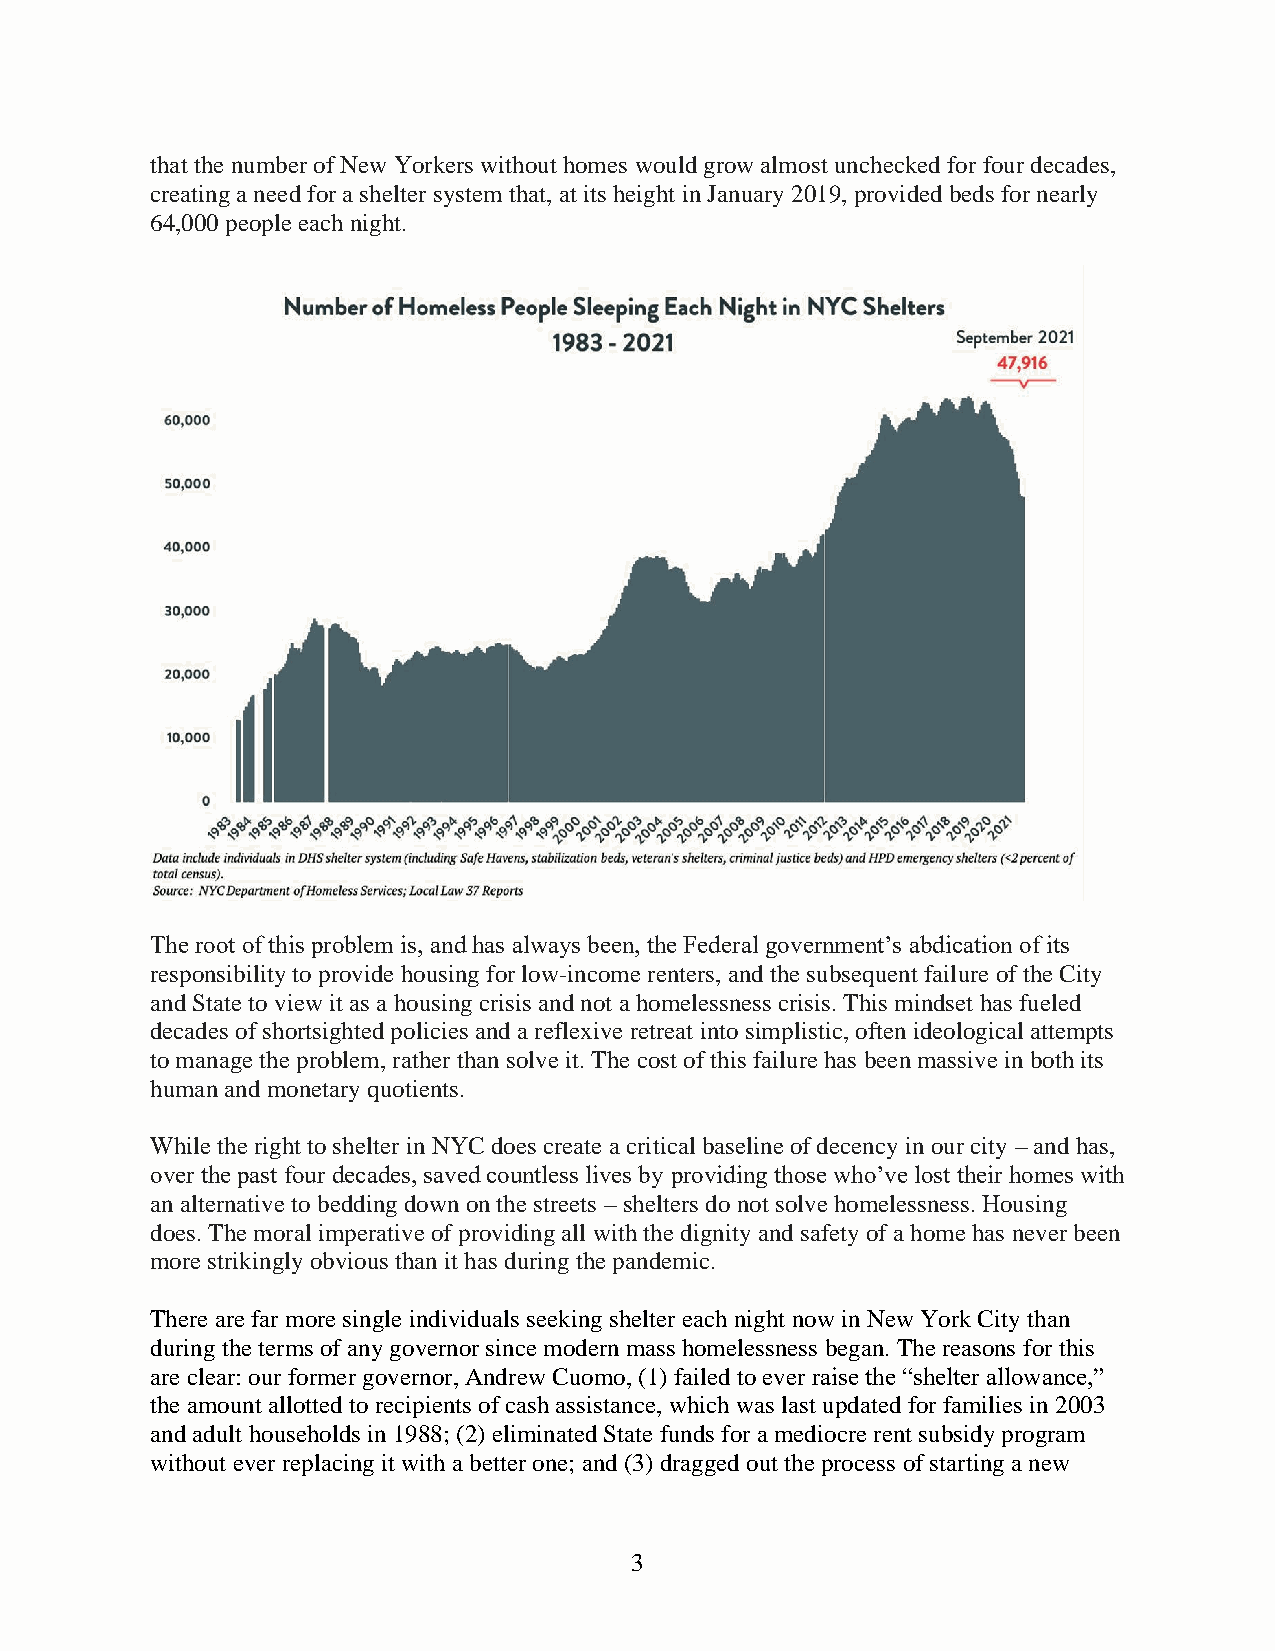
that the number of New Yorkers without homes would grow almost unchecked for four decades,
 creating a need for a shelter system that, at its height in January 2019, provided beds for nearly
 64,000 people each night.
 The root of this problem is, and has always been, the Federal government’s abdication of its
 responsibility to provide housing for low-income renters, and the subsequent failure of the City
 and State to view it as a housing crisis and not a homelessness crisis. This mindset has fueled
 decades of shortsighted policies and a reflexive retreat into simplistic, often ideological attempts
 to manage the problem, rather than solve it. The cost of this failure has been massive in both its
 human and monetary quotients.
 While the right to shelter in NYC does create a critical baseline of decency in our city – and has,
 over the past four decades, saved countless lives by providing those who’ve lost their homes with
 an alternative to bedding down on the streets – shelters do not solve homelessness. Housing
 does. The moral imperative of providing all with the dignity and safety of a home has never been
 more strikingly obvious than it has during the pandemic.
 There are far more single individuals seeking shelter each night now in New York City than
 during the terms of any governor since modern mass homelessness began. The reasons for this
 are clear: our former governor, Andrew Cuomo, (1) failed to ever raise the “shelter allowance,”
 the amount allotted to recipients of cash assistance, which was last updated for families in 2003
 and adult households in 1988; (2) eliminated State funds for a mediocre rent subsidy program
 without ever replacing it with a better one; and (3) dragged out the process of starting a new
 3